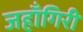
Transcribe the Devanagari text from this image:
जहाँगिरी